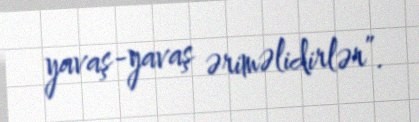
yavaş-yavaş əriməlidirlər”.